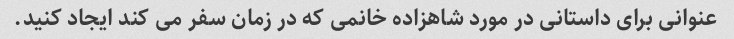
عنوانی برای داستانی در مورد شاهزاده خانمی که در زمان سفر می کند ایجاد کنید.